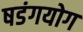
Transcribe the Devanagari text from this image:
षडंगयोग